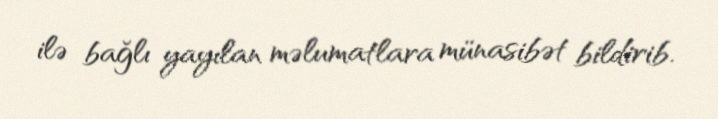
ilə bağlı yayılan məlumatlara münasibət bildirib.